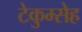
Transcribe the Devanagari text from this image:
टेकुम्सेह